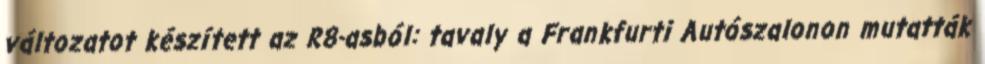
változatot készített az R8-asból: tavaly a Frankfurti Autószalonon mutatták